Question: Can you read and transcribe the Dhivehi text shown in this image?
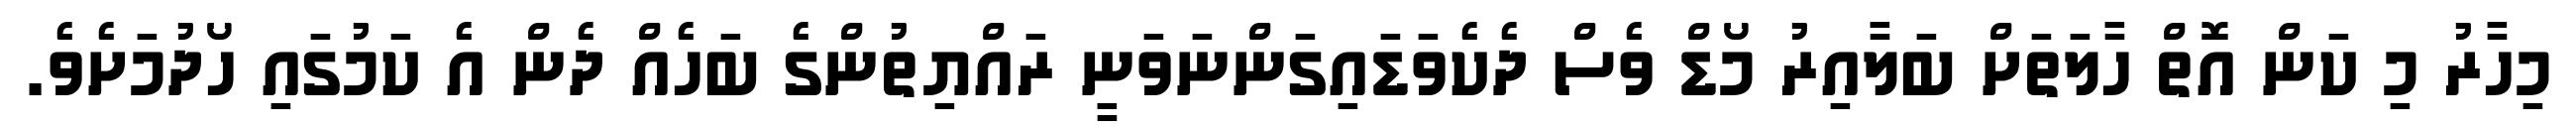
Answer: މިހާރު މި ކަން އޮތް ހާލަތަށް ބަލާއިރު މޯޑް ވެސް ދެކެވަޑައިގަންނަވަނީ ރައްޔިތުންގެ ބަހެއް ދެން އެ ކަމުގައި ހޯދުމަށެވެ.